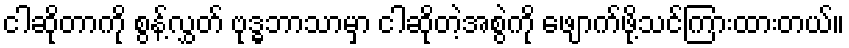
ငါဆိုတာကို စွန့်လွှတ် ဗုဒ္ဓဘာသာမှာ ငါဆိုတဲ့အစွဲကို ဖျောက်ဖို့သင်ကြားထားတယ်။